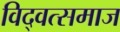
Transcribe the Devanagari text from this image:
विद्‍वत्समाज